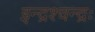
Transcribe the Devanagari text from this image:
इन्द्रश्चन्द्रः